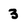
Character: 3